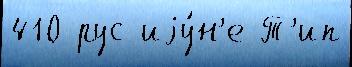
410 рус иjу́н'е Т'ип